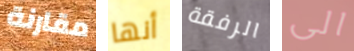
مقارنة أنها الرفقة الى